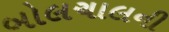
બોલચાલની